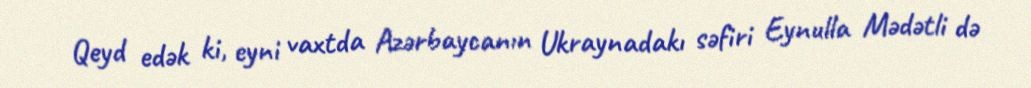
Qeyd edək ki, eyni vaxtda Azərbaycanın Ukraynadakı səfiri Eynulla Mədətli də